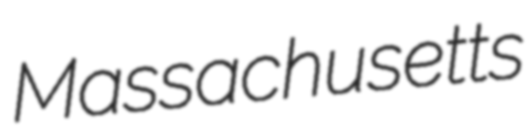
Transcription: Massachusetts